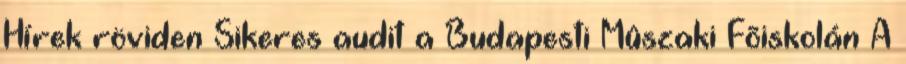
Hírek röviden Sikeres audit a Budapesti Mûszaki Fõiskolán A